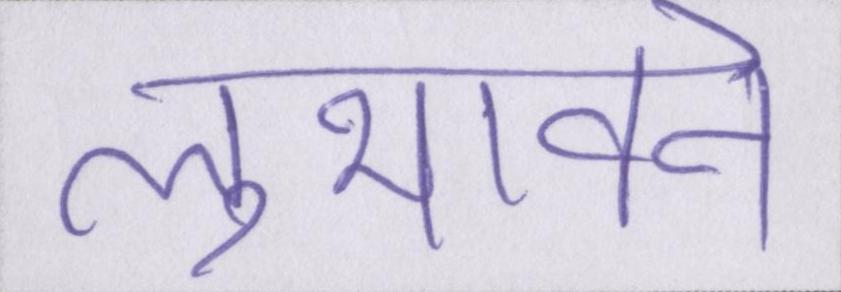
लुभावने